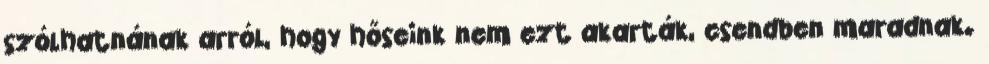
szólhatnának arról, hogy hőseink nem ezt akarták, csendben maradnak.